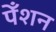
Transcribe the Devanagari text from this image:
पेँशन